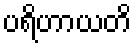
ပရိဟာယတိ